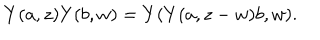
Y ( a , z ) Y ( b , w ) = Y ( Y ( a , z - w ) b , w ) .